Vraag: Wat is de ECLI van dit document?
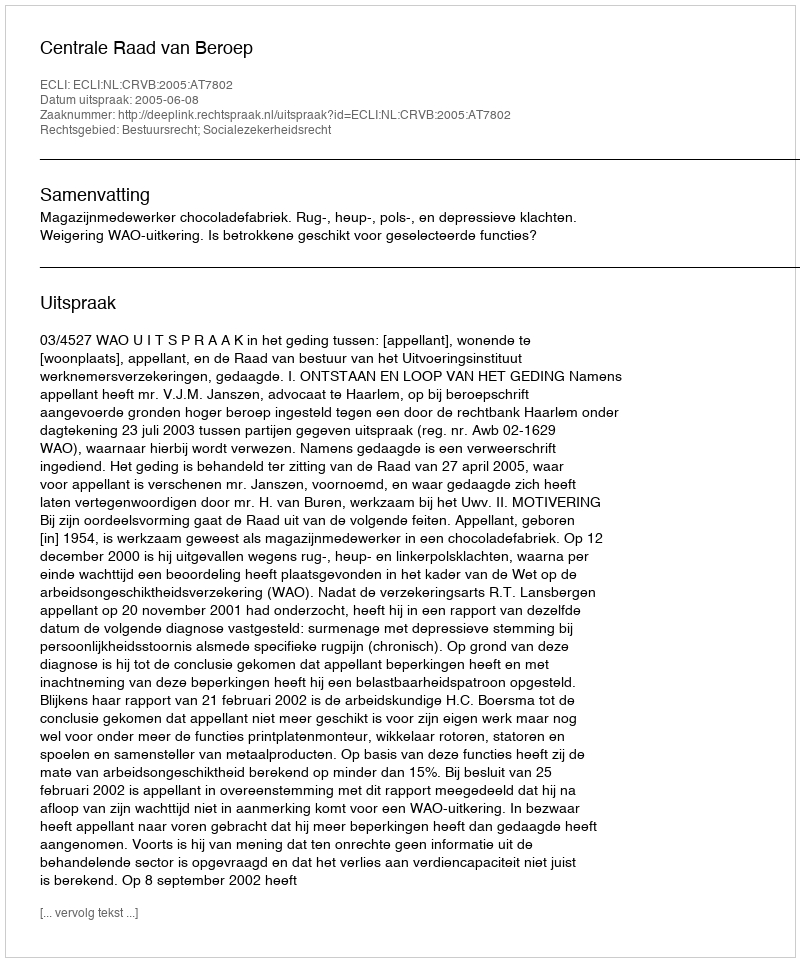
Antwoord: ECLI:NL:CRVB:2005:AT7802